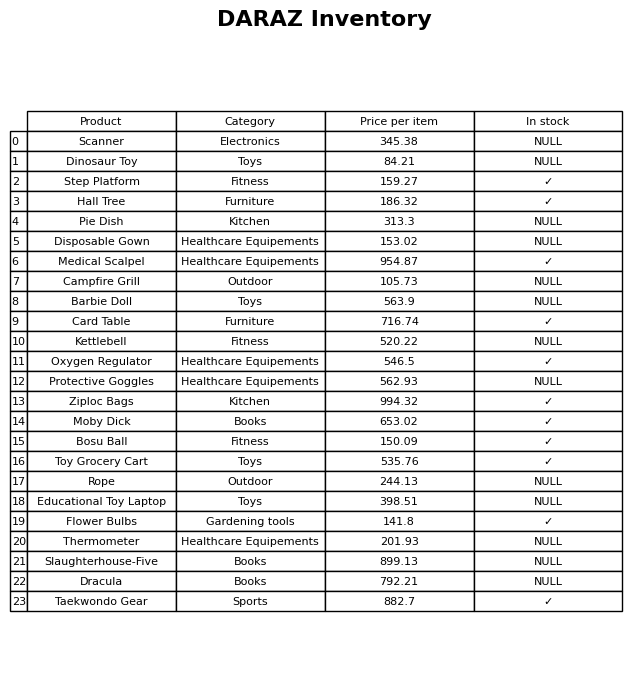
question: What is the stock status of the Pie Dish?
answer: NULL